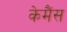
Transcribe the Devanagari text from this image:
केमैंस